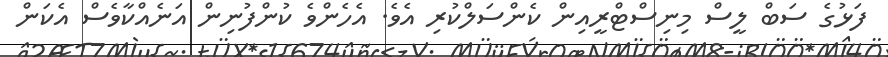
ފަޅުގެ ސަބް ލީސް މިނިސްޓްރީއިން ކެންސަލްކުރި އެވެ. އެހެންވެ ކުންފުނިން އަނެއްކާވެސް އެކަން